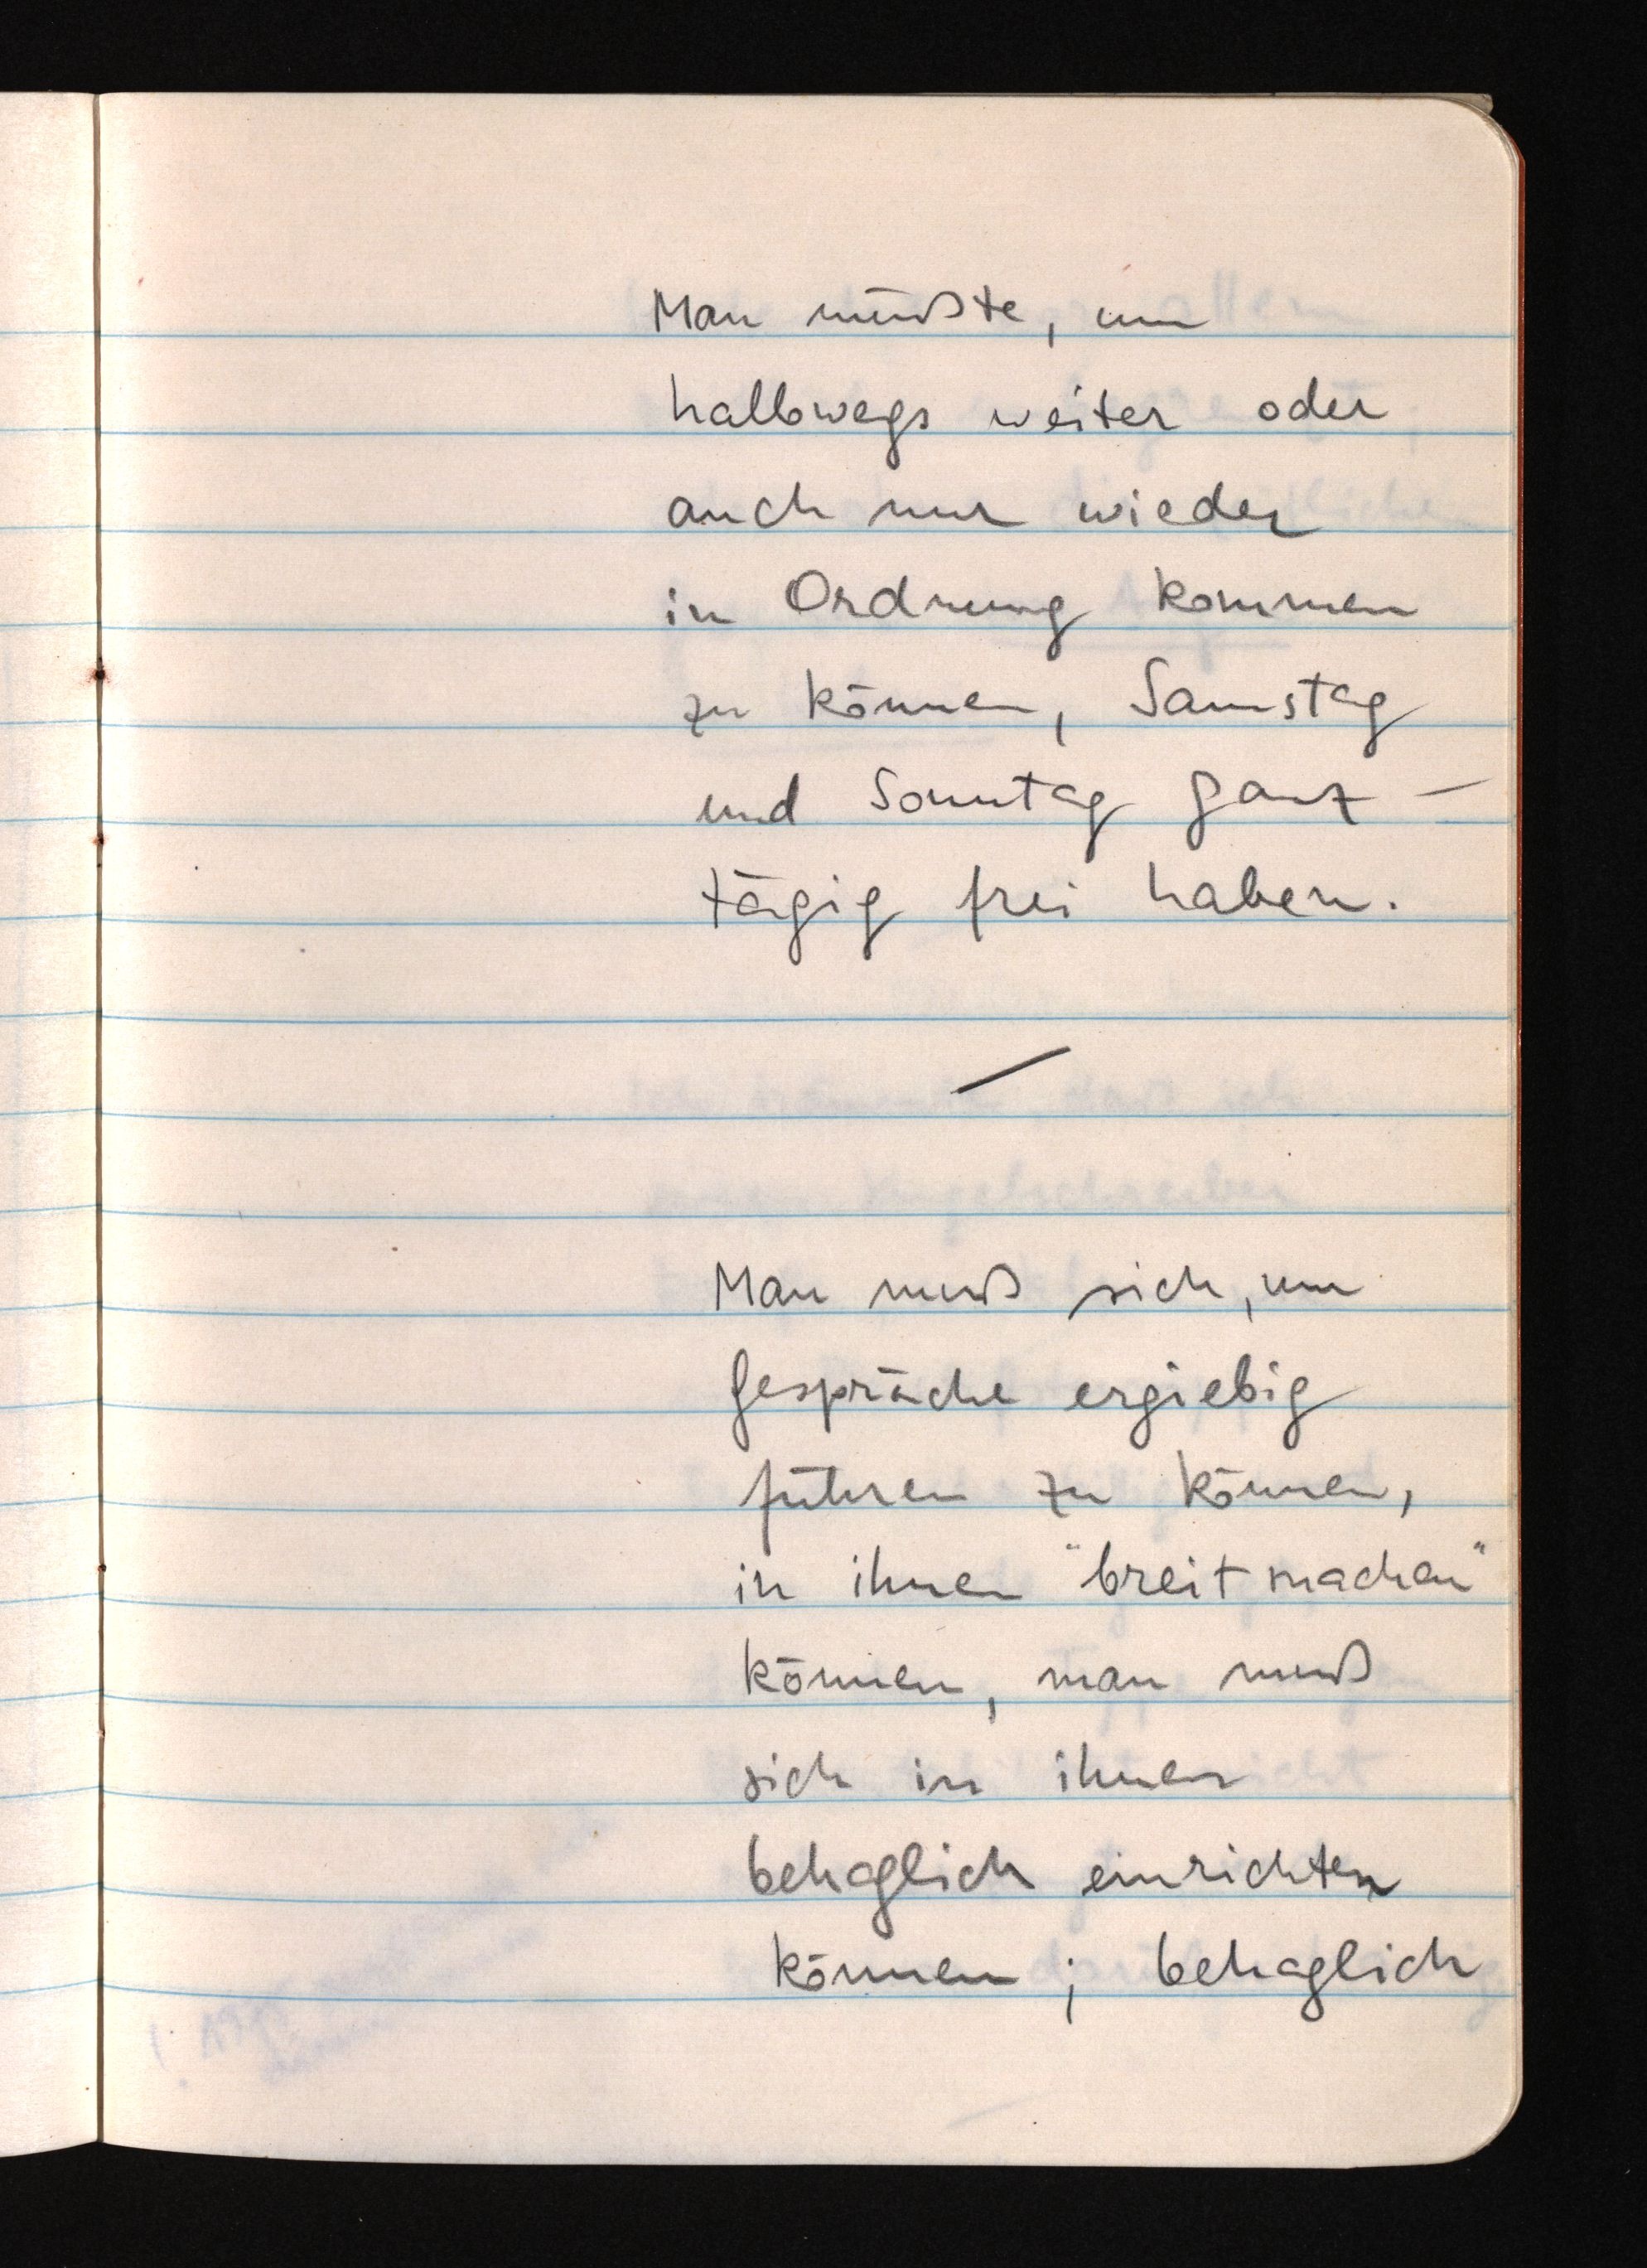
Man müßte, um
halbwegs weiter oder
auch nur wieder
in Ordnung kommen
zu können, Samstag
und Sonntag ganz¬
tägig frei haben.
Man muß sich, um
Gespräche ergiebig
führen zu können,
in ihnen "breitmachen"
können, man muß
sich in ihnen
behaglich einrichten
können; behaglich